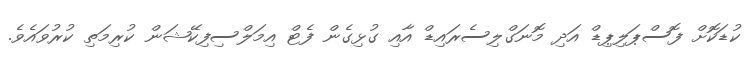
ކުޑަކޮށް ފޮސްޕަލިޕިޑް އަދި މޮނަގްލިސެރައިޑް އާއި ގުޅިގެން ފެޓް އިމަލްސިފިކޭޝަން ކުރިމަތި ކުރުވައެވެ.